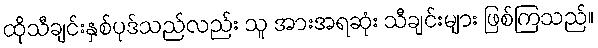
ထိုသီချင်းနှစ်ပုဒ်သည်လည်း သူ အားအရဆုံး သီချင်းများ ဖြစ်ကြသည်။